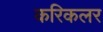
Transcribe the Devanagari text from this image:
करिकलर